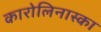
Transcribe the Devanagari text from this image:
कारोलिनास्का